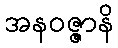
အနဝဇ္ဇာနိ